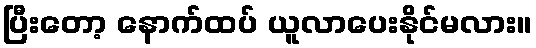
ပြီးတော့ နောက်ထပ် ယူလာပေးနိုင်မလား။